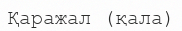
Қаражал (қала)